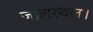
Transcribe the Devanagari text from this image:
जालस्थल।